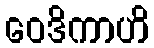
ဝေဒိကာဟိ